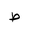
Letter: _da